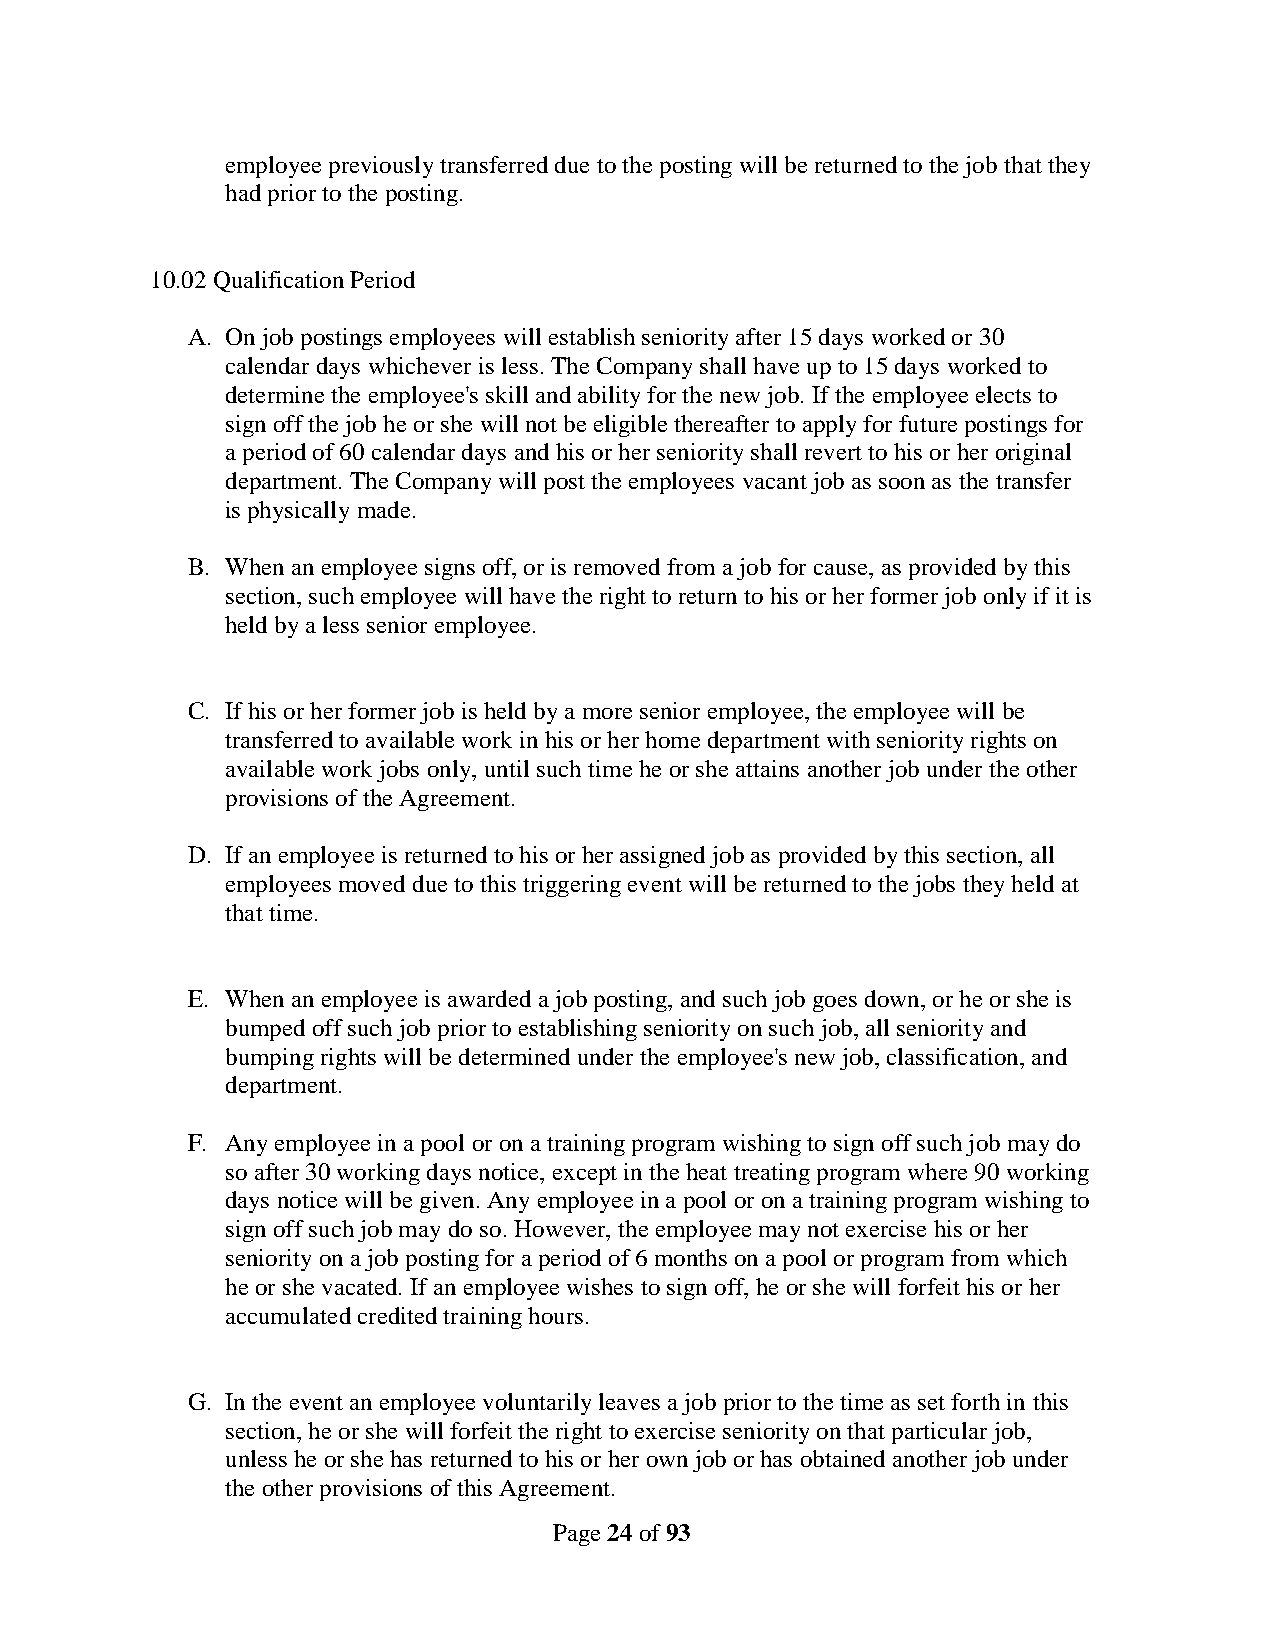
employee previously transferred due to the posting will be returned to the job that they
 had prior to the posting.
 10.02 Qualification Period
 A. On job postings employees will establish seniority after 15 days worked or 30
 calendar days whichever is less. The Company shall have up to 15 days worked to
 determine the employee's skill and ability for the new job. If the employee elects to
 sign off the job he or she will not be eligible thereafter to apply for future postings for
 a period of 60 calendar days and his or her seniority shall revert to his or her original
 department. The Company will post the employees vacant job as soon as the transfer
 is physically made.
 B. When an employee signs off, or is removed from a job for cause, as provided by this
 section, such employee will have the right to return to his or her former job only if it is
 held by a less senior employee.
 C. If his or her former job is held by a more senior employee, the employee will be
 transferred to available work in his or her home department with seniority rights on
 available work jobs only, until such time he or she attains another job under the other
 provisions of the Agreement.
 D. If an employee is returned to his or her assigned job as provided by this section, all
 employees moved due to this triggering event will be returned to the jobs they held at
 that time.
 E. When an employee is awarded a job posting, and such job goes down, or he or she is
 bumped off such job prior to establishing seniority on such job, all seniority and
 bumping rights will be determined under the employee's new job, classification, and
 department.
 F. Any employee in a pool or on a training program wishing to sign off such job may do
 so after 30 working days notice, except in the heat treating program where 90 working
 days notice will be given. Any employee in a pool or on a training program wishing to
 sign off such job may do so. However, the employee may not exercise his or her
 seniority on a job posting for a period of 6 months on a pool or program from which
 he or she vacated. If an employee wishes to sign off, he or she will forfeit his or her
 accumulated credited training hours.
 G. In the event an employee voluntarily leaves a job prior to the time as set forth in this
 section, he or she will forfeit the right to exercise seniority on that particular job,
 unless he or she has returned to his or her own job or has obtained another job under
 the other provisions of this Agreement.
 Page 24 of 93